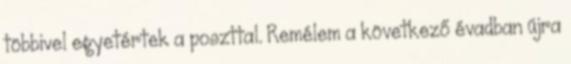
többivel egyetértek a poszttal. Remélem a következő évadban újra